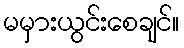
မမှားယွင်းစေချင်။